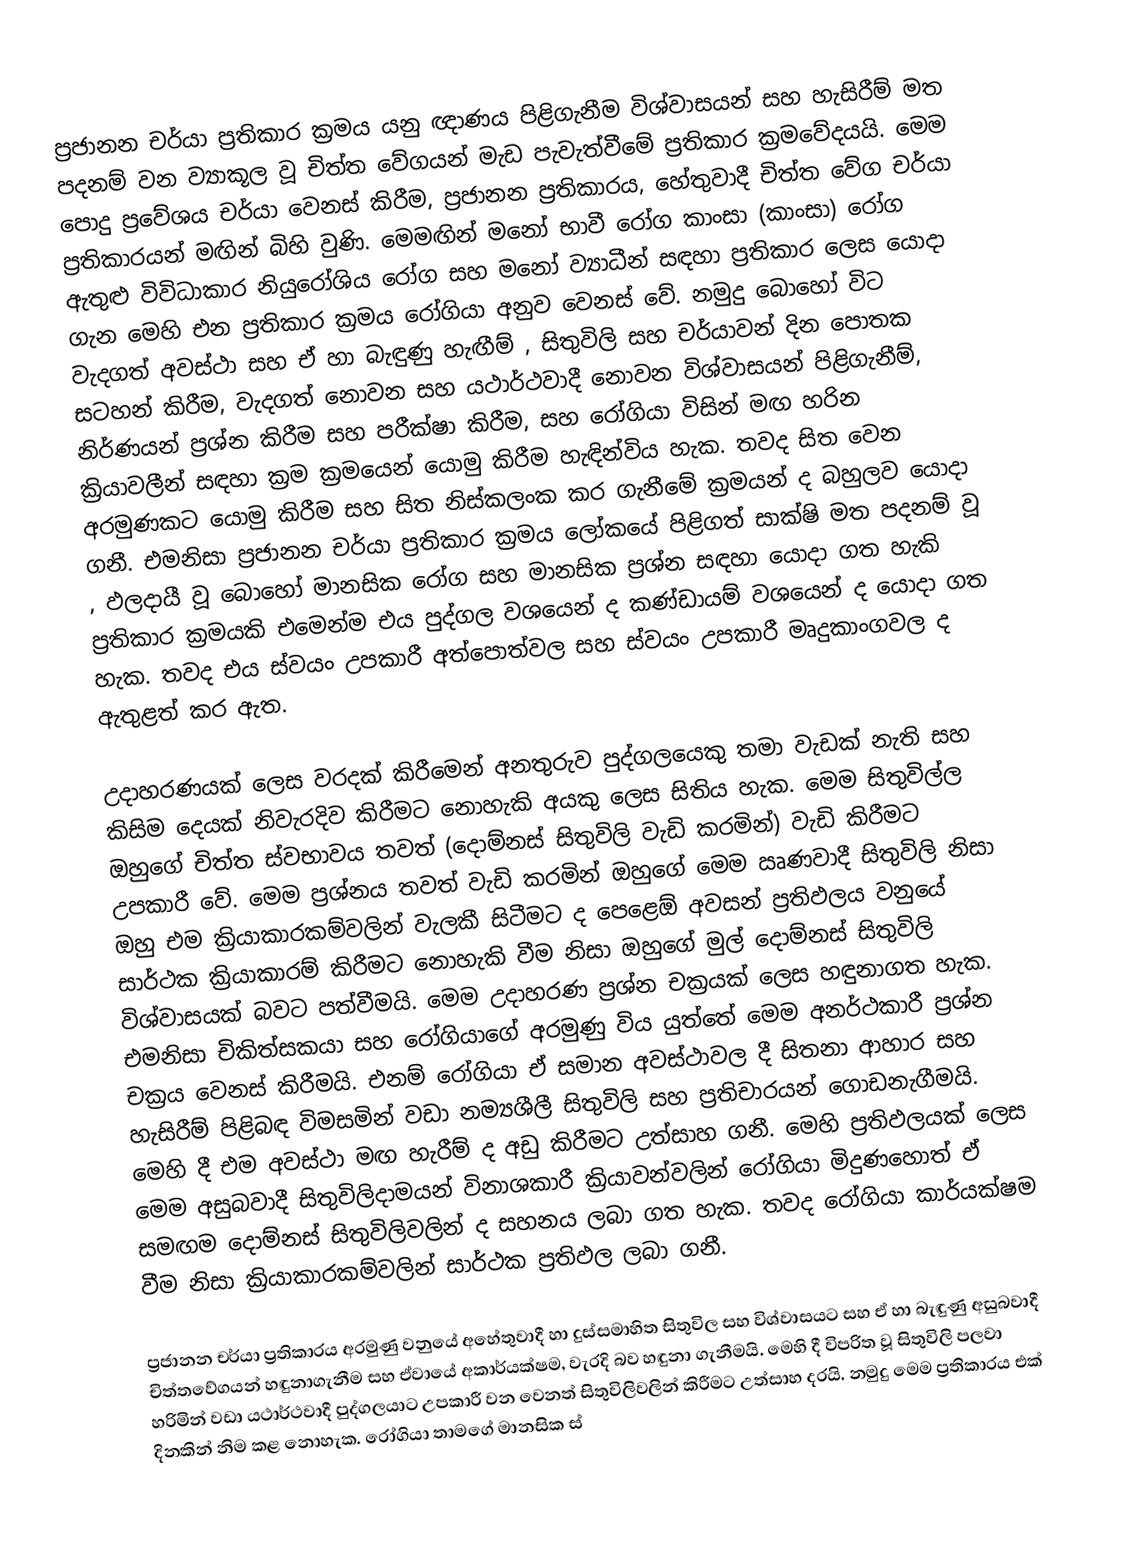
ප්‍රජානන චර්යා ප්‍රතිකාර ක්‍රමය යනු ඥාණය පිළිගැනීම විශ්වාසයන් සහ හැසිරීම් මත පදනම් වන ව්‍යාකූල වූ චිත්ත වේගයන් මැඩ පැවැත්වීමේ ප්‍රතිකාර ක්‍රමවේදයයි. මෙම පොදු ප්‍රවේශය චර්යා වෙනස් කිරීම, ප්‍රජානන ප්‍රතිකාරය, හේතුවාදී චිත්ත වේග චර්යා ප්‍රතිකාරයන් මඟින් බිහි වුණි. මෙමඟින් මනෝ භාවී රෝග ‍කාංසා (කාංසා) රෝග ඇතුළු විවිධාකාර නියුරෝශිය රෝග සහ මනෝ ව්‍යාධීන් සඳහා ප්‍රතිකාර ලෙස යොදා ගැන මෙහි එන ප්‍රතිකාර ක්‍රමය රෝගියා අනුව වෙනස් වේ. නමුදු බොහෝ විට වැදගත් අවස්ථා සහ ඒ හා බැඳුණු හැඟීම් , සිතුවිලි සහ චර්යාවන් දින පොතක සටහන් කිරීම, වැදගත් නොවන සහ යථාර්ථවාදී නොවන විශ්වාසයන් පිළිගැනීම්, නිර්ණයන් ප්‍රශ්න කිරීම සහ පරීක්ෂා කිරීම, සහ රෝගියා විසින් මඟ හරින ක්‍රියාවලීන් සඳහා ක්‍රම ක්‍රමයෙන් යොමු කිරීම හැඳින්විය හැක. තවද සිත වෙන අරමුණකට යොමු කිරීම සහ සිත නිස්කලංක කර ගැනීමේ ක්‍රමයන් ද බහුලව යොදා ගනී. එමනිසා ප්‍රජානන චර්යා ප්‍රතිකාර ක්‍රමය ලෝකයේ පිළිගත් සාක්ෂි මත පදනම් වූ , ඵලදායී වූ බොහෝ මානසික රෝග සහ මානසික ප්‍රශ්න සඳහා යොදා ගත හැකි ප්‍රතිකාර ක්‍රමයකි එමෙන්ම එය පුද්ගල වශයෙන් ද කණ්ඩායම් වශයෙන් ද යොදා ගත හැක. තවද එය ස්වයං උපකාරී අත්පොත්වල සහ ස්වයං උපකාරී මෘදුකාංගවල ද ඇතුළත් කර ඇත.

උදාහරණයක් ලෙස වරදක් කිරීමෙන් අනතුරුව පුද්ගලයෙකු තමා වැඩක් නැති සහ කිසිම දෙයක් නිවැරදිව කිරීමට නොහැකි අයකු ලෙස සිතිය හැක. මෙම සිතුවිල්ල ඔහුගේ චිත්ත ස්වභාවය තවත් (දොම්නස් සිතුවිලි වැඩි කරමින්) වැඩි කිරීමට උපකාරී වේ. මෙම ප්‍රශ්නය තවත් වැඩි කරමින් ඔහුගේ මෙම ඍණවාදී සිතුවිලි නිසා ඔහු එම ක්‍රියාකාරකම්වලින් වැලකී සිටීමට ද පෙළ‍‍ෙඕ  අවසන් ප්‍රතිඵලය වනුයේ සාර්ථක ක්‍රියාකාරම් කිරීමට නොහැකි වීම නිසා ඔහුගේ මුල් දොම්නස් සිතුවිලි විශ්වාසයක් බවට පත්වීමයි. මෙම උදාහරණ ප්‍රශ්න චක්‍රයක් ලෙස හඳුනාගත හැක. එමනිසා චිකිත්සකයා සහ රෝගියාගේ අරමුණු විය යුත්තේ මෙම අනර්ථකාරී ප්‍රශ්න චක්‍රය වෙනස් කිරීමයි. එනම් රෝගියා ඒ සමාන අවස්ථාවල දී සිතනා ආහාර සහ හැසිරීම් පිළිබඳ විමසමින්  වඩා නම්‍යශීලී සිතුවිලි සහ ප්‍රතිචාරයන් ගොඩනැගීමයි. මෙහි දී එම අවස්ථා මඟ හැරීම් ද අඩු කිරීමට උත්සාහ ගනී. මෙහි ප්‍රතිඵලයක් ලෙස මෙම අසුබවාදී සිතුවිලිදාමයන් විනාශකාරී ක්‍රියාවන්වලින් රෝගියා මිදුණහොත් ඒ සමඟම දොම්නස් සිතුවිලිවලින් ද සහනය ලබා ගත හැක. තවද රෝගියා කාර්යක්ෂම වීම නිසා ක්‍රියාකාරකම්වලින් සාර්ථක ප්‍රතිඵල ලබා ගනී.

ප්‍රජානන චර්යා ප්‍රතිකාරය අරමුණු වනුයේ අහේතුවාදී හා දුස්සමාහිත සිතුවිල සහ විශ්වාසයට සහ ඒ හා බැඳුණු අසුබවාදී චිත්තවේගයන් හඳුනාගැනීම සහ ඒවායේ අකාර්යක්ෂම, වැරදි බව හඳුනා ගැනීමයි. මෙහි දී විපරිත වූ සිතුවිලි පලවා හරිමින් වඩා යථාර්ථවාදී පුද්ගලයාට උපකාරී වන වෙනත් සිතුවිලිවලින් කිරීමට උත්සාහ දරයි. නමුදු මෙම ප්‍රතිකාරය එක් දිනකින් නිම කළ නොහැක. රෝගියා තාමගේ මානසික ස්